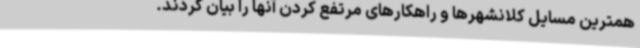
همترین مسایل کلانشهرها و راهکارهای مرتفع کردن آنها را بیان کردند.